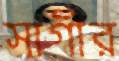
সাগীর